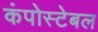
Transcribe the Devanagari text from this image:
कंपोस्टेबल